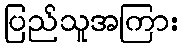
ပြည်သူအကြား